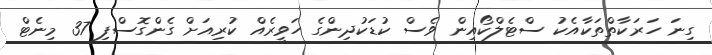
ގިނަ ހަރަކާތްތަކާއެކު ސްޓެލްކޯއިން ވެސް ކުޑަކުދިންގެ ހަވީރެއް ކުރިއަށް ގެންގޮސްފި 37 މިނެޓް